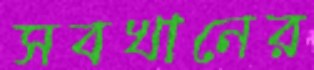
সবখানের